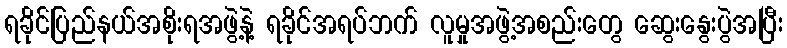
ရခိုင်ပြည်နယ်အစိုးရအဖွဲ့နဲ့ ရခိုင်အရပ်ဘက် လူမှုအဖွဲ့အစည်းတွေ ဆွေးနွေးပွဲအပြီး